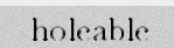
holeable